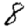
Digit: 8